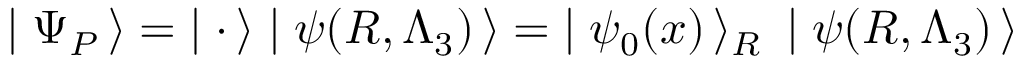
\mid \Psi _ { P } \, \rangle = \; \mid { \bf \cdot } \, \rangle \mid \psi ( R , \Lambda _ { 3 } ) \, \rangle = \; \mid \psi _ { 0 } ( x ) \, \rangle _ { R } \: \mid \psi ( R , \Lambda _ { 3 } ) \, \rangle